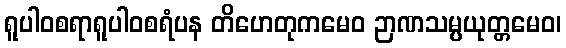
ရူပါဝစရာရူပါဝစရံပန တိဟေတုကမေဝ ဉာဏသမ္ပယုတ္တမေဝ၊